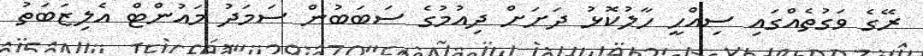
ރޭގެ ވަގުތެއްގައި ސިއްހީ ހާލުކޮޅު ދަށަށް ދިއުމުގެ ސަބަބުން ސަމަދު މައުންޓް އެލިޒަބަތު